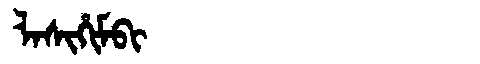
Manchu: ᠯᠠᠰᡳᡥᡳᠮᠪᡳ
Romanization: LASIHIMBI